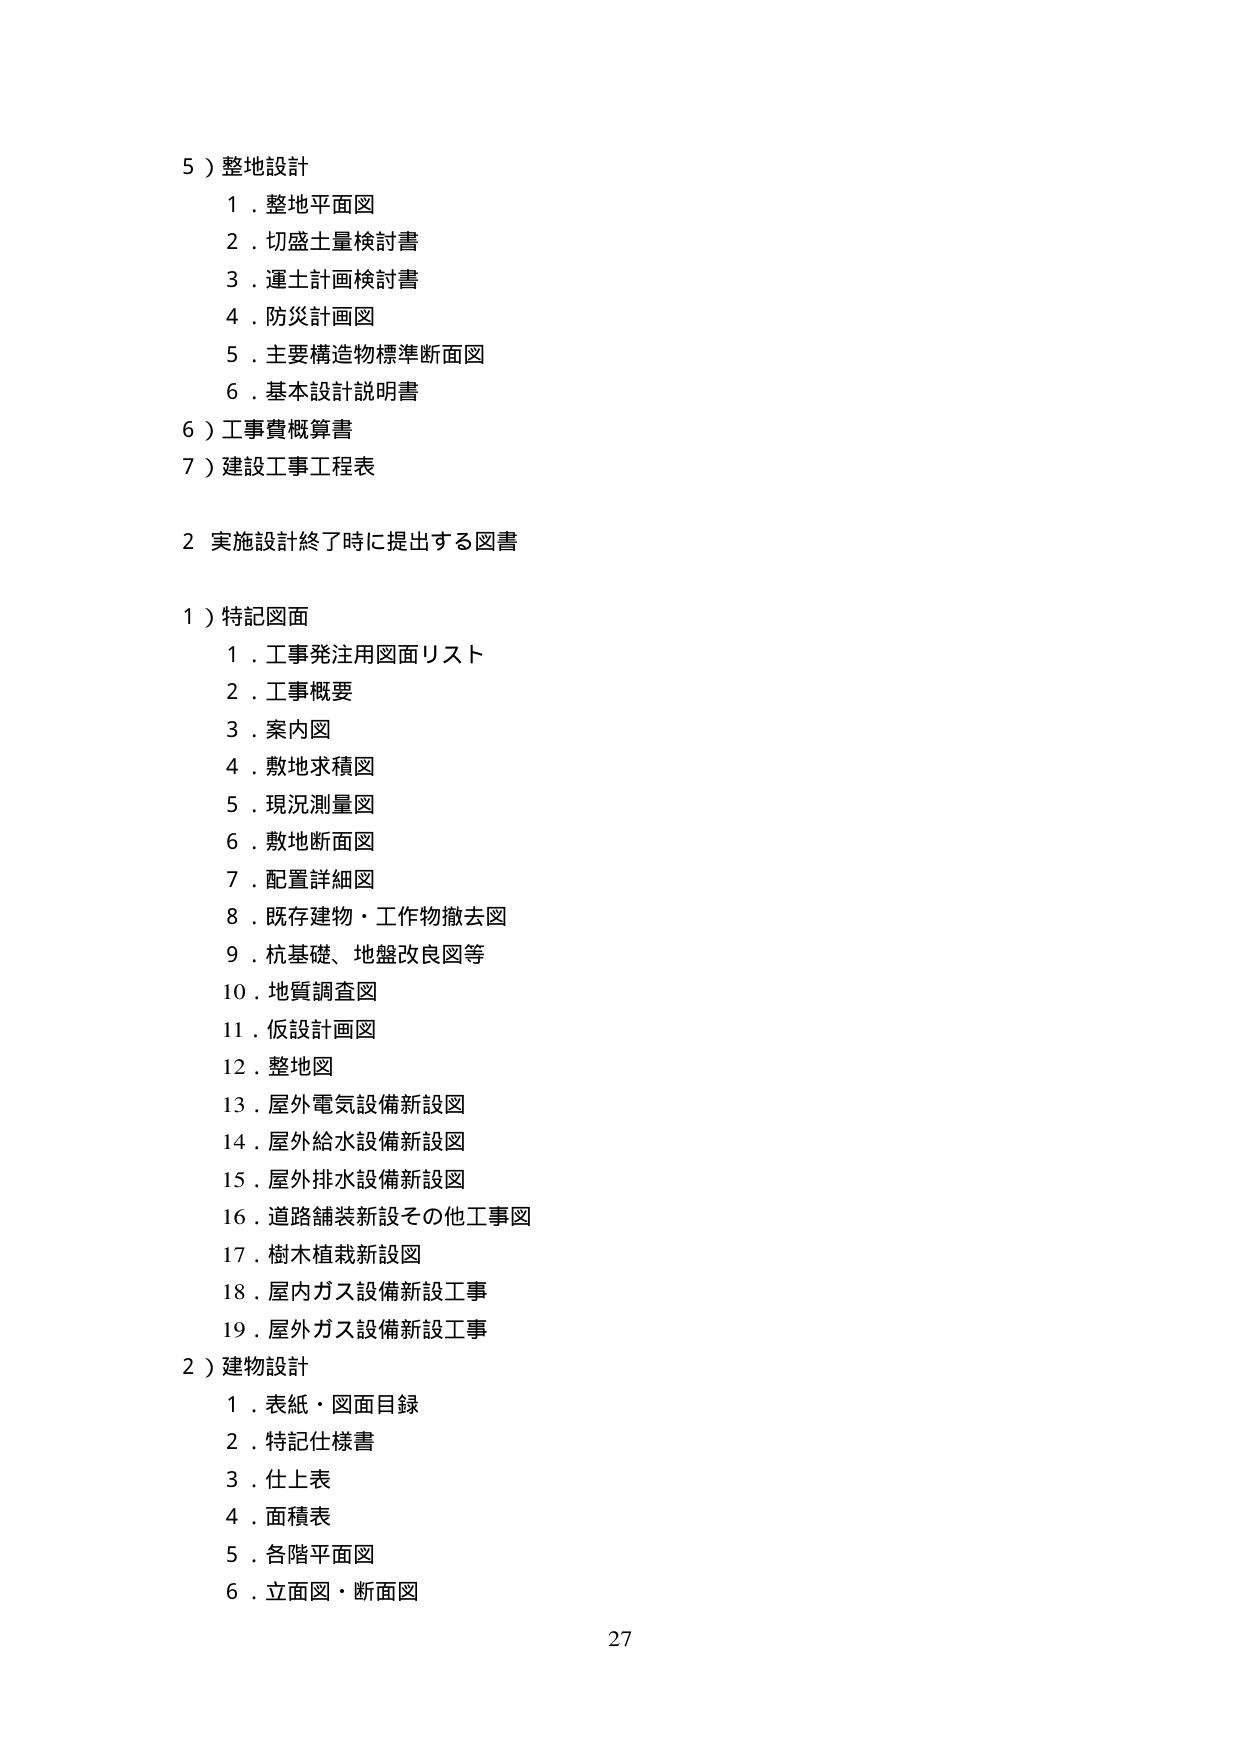
5）整地設計
　1．整地平面図
　2．切盛土量検討書
　3．運土計画検討書
　4．防災計画図
　5．主要構造物標準断面図
　6．基本設計説明書
6）工事費概算書
7）建設工事工程表

2 実施設計終了時に提出する図書

1）特記図面
　1．工事発注用図面リスト
　2．工事概要
　3．案内図
　4．敷地求積図
　5．現況測量図
　6．敷地断面図
　7．配置詳細図
　8．既存建物・工作物撤去図
　9．杭基礎、地盤改良図等
　10．地質調査図
　11．仮設計画図
　12．整地図
　13．屋外電気設備新設図
　14．屋外給水設備新設図
　15．屋外排水設備新設図
　16．道路舗装新設その他工事図
　17．樹木植栽新設図
　18．屋内ガス設備新設工事
　19．屋外ガス設備新設工事
2）建物設計
　1．表紙・図面目録
　2．特記仕様書
　3．仕上表
　4．面積表
　5．各階平面図
　6．立面図・断面図

27